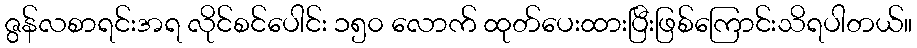
ဇွန်လစာရင်းအရ လိုင်စင်ပေါင်း ၁၅၀ လောက် ထုတ်ပေးထားပြီးဖြစ်ကြောင်းသိရပါတယ်။